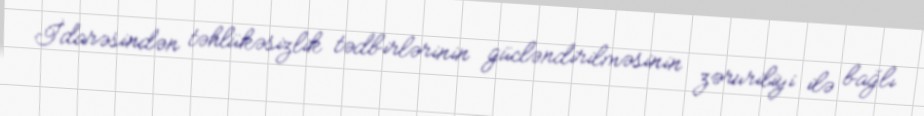
İdarəsindən təhlükəsizlik tədbirlərinin gücləndirilməsinin zəruriliyi ilə bağlı